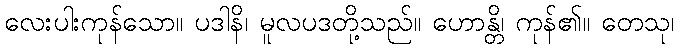
လေးပါးကုန်သော။ ပဒါနိ၊ မူလပဒတို့သည်။ ဟောန္တိ၊ ကုန်၏။ တေသု၊